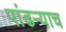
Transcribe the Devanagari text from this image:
पांढऱ्याच